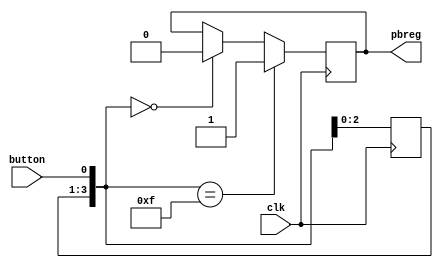
// Basys Board and Spartan-3E Starter Boards
// Push Button Debounce pbdebounce.v
// c 2010 Embedded Design using Programmable Gate Arrays
//        Second Edition   Dennis Silage

module pbdebounce(input clk, input button, output reg pbreg); 

reg [3:0] pbshift;
	
always@(posedge clk)
	begin
		pbshift=pbshift<<1;
		pbshift[0]=button;
	if (pbshift==0)
		pbreg=0;
	if (pbshift==15)
		pbreg=1;			
	end

endmodule